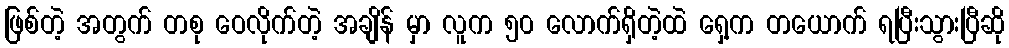
ဖြစ်တဲ့ အတွက် တစု ဝေလိုက်တဲ့ အချိန် မှာ လူက ၅၀ လောက်ရှိတဲ့ထဲ ရှေ့က တယောက် ရပြီးသွားပြီဆို